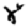
Digit: 8